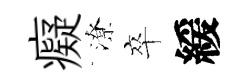
癡潦卒緩